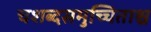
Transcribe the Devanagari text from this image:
चशब्दसमुच्चिताश्च